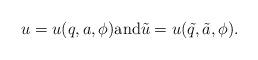
LaTeX: \begin{align*}u=u(q,a, \phi)\mbox{and}\tilde{u}=u(\tilde{q},\tilde{a},\phi ).\end{align*}